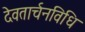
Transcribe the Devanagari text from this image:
देवतार्चनविधि